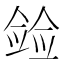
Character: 𫣛